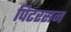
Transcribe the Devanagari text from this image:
पिटरसन